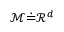
\mathcal { M } \dot { = } \mathcal { R } ^ { d }